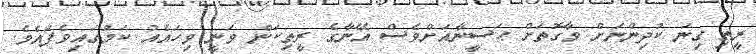
ރީތި ގިނަ ކުދިންނަށް ވާގޮތަށް ޙަސީނާއަށްވެސް އޭނާގެ ރީތިކަން ވަނީ ވިހައެއް ކަމުގައިވެފައެވެ.